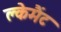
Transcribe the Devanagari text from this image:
क्लेमैंट